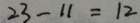
2 3 - 1 1 = 1 2